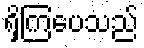
ရှိကြပေသည်